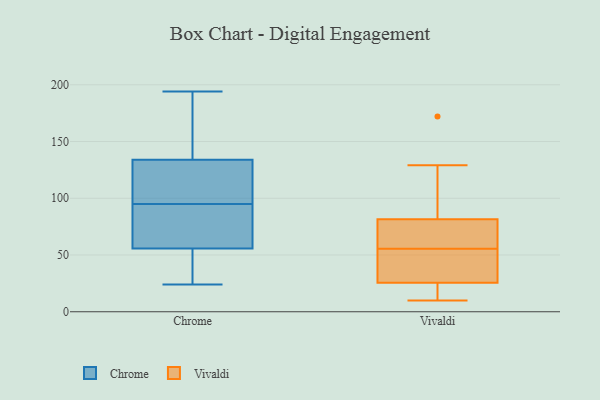
{"axis": {"x": "Budget (USD K)", "y": "Value"}, "legend": ["Chrome", "Vivaldi"], "data": [{"x": "", "y": 95, "type": "Chrome"}, {"x": "", "y": 194, "type": "Chrome"}, {"x": "", "y": 101, "type": "Chrome"}, {"x": "", "y": 138, "type": "Chrome"}, {"x": "", "y": 30, "type": "Chrome"}, {"x": "", "y": 63, "type": "Chrome"}, {"x": "", "y": 160, "type": "Chrome"}, {"x": "", "y": 122, "type": "Chrome"}, {"x": "", "y": 61, "type": "Chrome"}, {"x": "", "y": 85, "type": "Chrome"}, {"x": "", "y": 54, "type": "Chrome"}, {"x": "", "y": 28, "type": "Chrome"}, {"x": "", "y": 99, "type": "Chrome"}, {"x": "", "y": 168, "type": "Chrome"}, {"x": "", "y": 24, "type": "Chrome"}, {"x": "", "y": 119, "type": "Vivaldi"}, {"x": "", "y": 60, "type": "Vivaldi"}, {"x": "", "y": 94, "type": "Vivaldi"}, {"x": "", "y": 57, "type": "Vivaldi"}, {"x": "", "y": 129, "type": "Vivaldi"}, {"x": "", "y": 17, "type": "Vivaldi"}, {"x": "", "y": 50, "type": "Vivaldi"}, {"x": "", "y": 54, "type": "Vivaldi"}, {"x": "", "y": 54, "type": "Vivaldi"}, {"x": "", "y": 67, "type": "Vivaldi"}, {"x": "", "y": 28, "type": "Vivaldi"}, {"x": "", "y": 10, "type": "Vivaldi"}, {"x": "", "y": 172, "type": "Vivaldi"}, {"x": "", "y": 15, "type": "Vivaldi"}, {"x": "", "y": 23, "type": "Vivaldi"}, {"x": "", "y": 69, "type": "Vivaldi"}]}